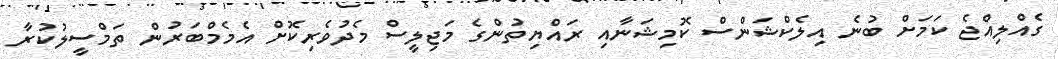
ގެއްލިއްޖެ ކަމަށް ބުނެ އިލެކްޝަންސް ކޮމިޝަނާއި ރައްޔިތުންގެ މަޖިލީސް މެދުވެރިކޮށް އެމެމްބަރުން ތަމްސީލުކުރާ